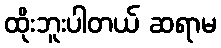
ထိုးဘူးပါတယ် ဆရာမ